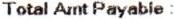
TOTAL AMT PAYABLE :